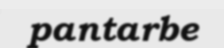
pantarbe